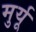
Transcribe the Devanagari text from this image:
मुर्यू